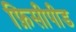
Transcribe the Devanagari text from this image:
फ़िसीपीड